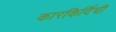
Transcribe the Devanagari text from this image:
कारकिर्दिची